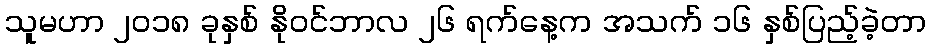
သူမဟာ ၂၀၁၈ ခုနှစ် နိုဝင်ဘာလ ၂၆ ရက်နေ့က အသက် ၁၆ နှစ်ပြည့်ခဲ့တာ